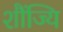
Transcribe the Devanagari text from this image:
शौंज्यि